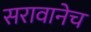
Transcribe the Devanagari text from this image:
सरावानेच